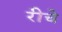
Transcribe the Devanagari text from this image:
रीचे